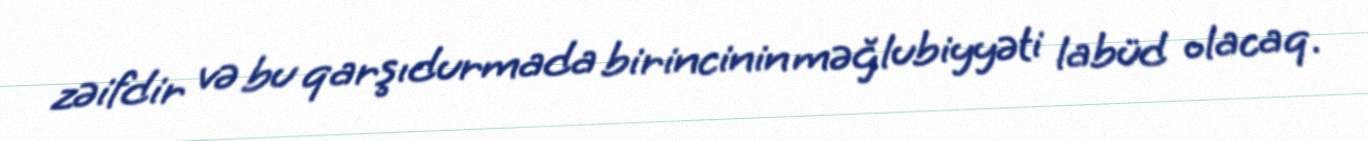
zəifdir və bu qarşıdurmada birincinin məğlubiyyəti labüd olacaq.